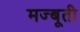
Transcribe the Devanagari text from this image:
मज्बूती